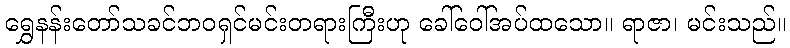
ရွှေနန်းတော်သခင်ဘဝရှင်မင်းတရားကြီးဟု ခေါ်ဝေါ်အပ်ထသော။ ရာဇာ၊ မင်းသည်။